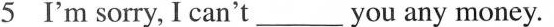
5 I'm sorry, I can't_you any money.